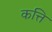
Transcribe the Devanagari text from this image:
कत्ति